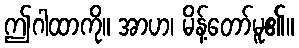
ဤဂါထာကို။ အာဟ၊ မိန့်တော်မူ၏။